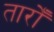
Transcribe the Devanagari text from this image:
तारोँ